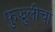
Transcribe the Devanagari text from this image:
फुझुलीचा